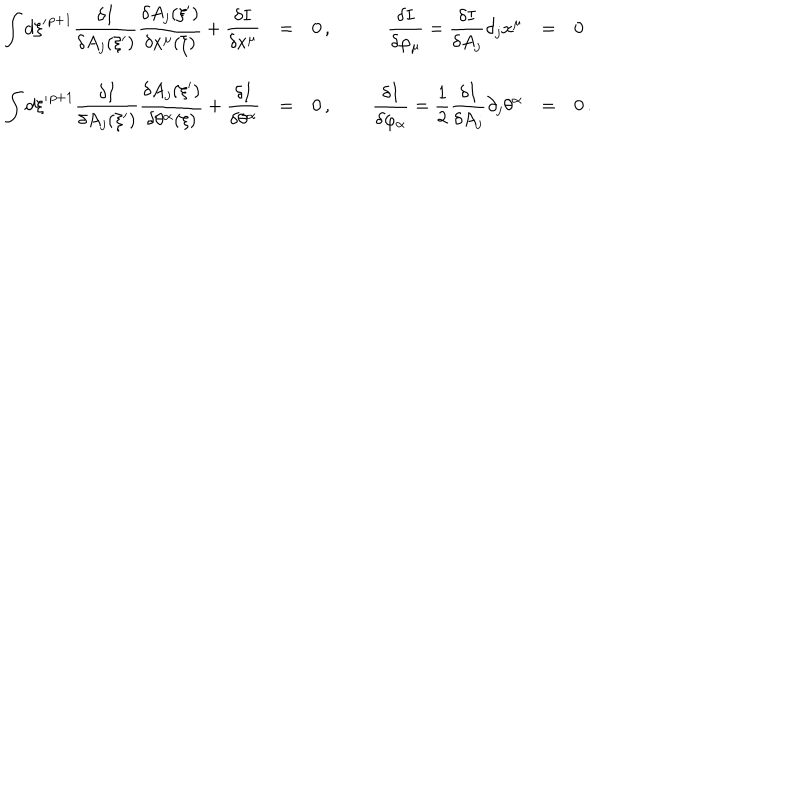
LaTeX: \begin{array} { r c l c r c l l } { { \displaystyle \int d \xi { ' } ^ { p + 1 } \frac { \delta I } { \delta A _ { j } ( \xi { ' } ) } \frac { \delta A _ { j } ( \xi { ' } ) } { \delta x ^ { \mu } ( \xi ) } + \frac { \delta I } { \delta x ^ { \mu } } } } & { { = } } & { { 0 \, , } } & { { \; } } & { { \displaystyle \frac { \delta I } { \delta \varphi _ { \mu } } = \frac { \delta I } { \delta A _ { j } } \partial _ { j } x ^ { \mu } } } & { { = } } & { { 0 } } \\ { { \displaystyle \int d \xi { ' } ^ { p + 1 } \frac { \delta I } { \delta A _ { j } ( \xi { ' } ) } \frac { \delta A _ { j } ( \xi { ' } ) } { \delta \theta ^ { \alpha } ( \xi ) } + \frac { \delta I } { \delta \theta ^ { \alpha } } } } & { { = } } & { { 0 \, , } } & { { \; } } & { { \displaystyle \frac { \delta I } { \delta \varphi _ { \alpha } } = \frac { 1 } { 2 } \frac { \delta I } { \delta A _ { j } } \partial _ { j } \theta ^ { \alpha } } } & { { = } } & { { 0 \, . } } \\ \end{array}